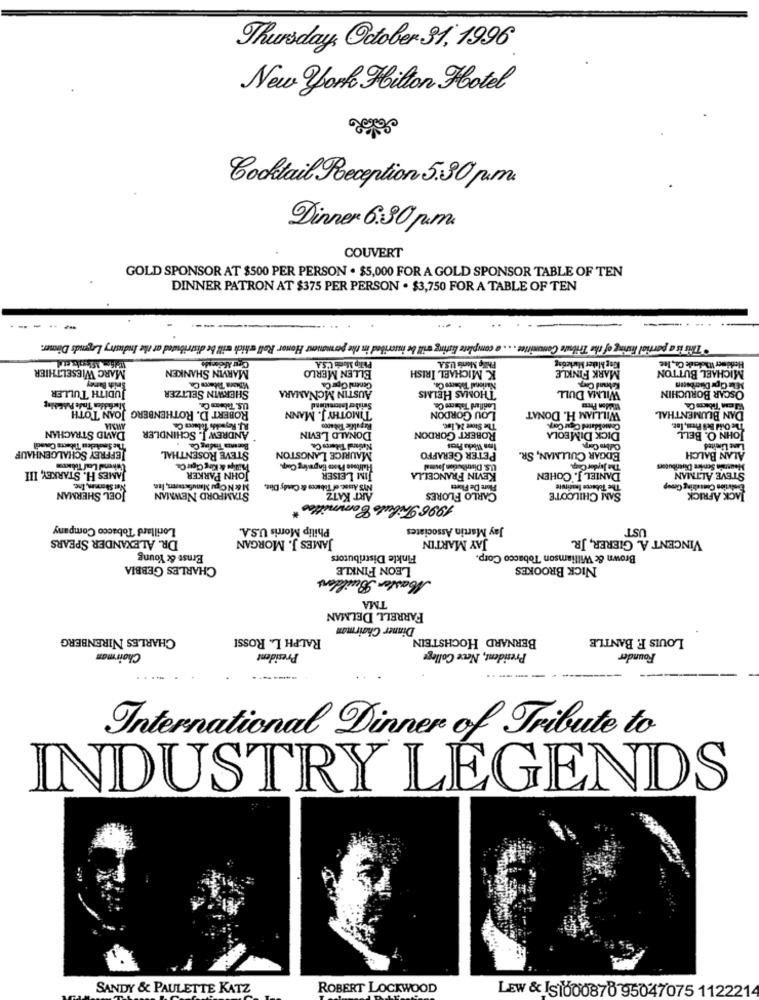
Thursday, October 31, 1996
New York Hilton Hotel
Cocktail Reception 5.30 pm
Dinner 6:30 pm
COUVERT
GOLD SPONSOR AT $500 PER PERSON . $5,000 FOR A GOLD SPONSOR TABLE OF TEN
DINNER PATRON AT $375 PER PERSON . $3,750 FOR A TABLE OF TEN
. This is a partial listing of the Tribute Committee. . . a complete listing will be inscribed in the permanent Honor Roll which will be distributed at the Industry Legends Dinner.
Philip Monde C'S.A
Philip Monis U.S.A.
King Maker Marketing
Hedumer Wholesek Co ., Inc.
MARC WIESELTHIER
MARVIN SHANKEN
ELLEN MERLO
K. MICHAEL IRISH
MARK FINKLE
MICHAEL BUTTON
Smith Barney
JUDITH TULLER
SHERWIN SELTZER
AUSTIN MCNAMARA
Genel Cipar CA.
Narional Tabwere Ca.
THOMAS HELMS
WILMA DULL
OSCAR BORUCHIN
Mie Cipr Diaserbeten
ROBERT D. ROTHENBERG JOAN LOW
TIMOTHY J. MANN
LOU GORDON
Lorillard Tabaere Ce.
WILLIAM H. DONAT
DAN BLUMENTHAL
AMMA
DAVID STRACHAN
ANDREW J. SCHINDLER
Republic Tobacco
The Store 34, Inc.
Comolidared Cigar Corp
The Old Bes Frem, let.
JOHN O. BELL
DONALD LEVIN
ROBERT GORDON
DICK DIMEOLA
JEFFREY SCHALGENHAUF
STEVE ROSENTHAL
Bonanza Trading Co.
Natianal THdeers Ca.
MAURICE LANGSTON
EDGAR CULLMAN, SR.
Calim Corp.
ane Limited
ALAN BALCH
PETER GERAFFO
JAMES H. STARKEY, III
Phillips & King Cigar Ca.
Halfcose Fhoes Engraving Comp.
U.S. Distribucion Javmal
DANIEL J. COHEN
The Jaydor Carp.
Meunten Sentee Diveribucers
STEVE ALTMAN
JOHN PARKER
JIM LEISER
KEVIN FRANCELLA
at Shonen, Inc.
M & NOpu Manufacturers, Its
ART KATZ
Flore De Floett
SAM CHILCOTE
The Tobacco Institute
Exelvion Consulting Group
JOEL SHERMAN
STAMFORD NEWMAN
CARLO FLORES
JACK AFRICK
1996 Tribute Committee
Lorillard Tobacco Company
Philip Morris U.S.A.
Jay Martin Associates
UST
DR. ALEXANDER SPEARS
JAMES J. MORGAN
JAY MARTIN
VINCENT A. GIERER, JR.
Ernst & Young
Finkle Distributors
Brown & Williamson Tobacco Corp.
CHARLES GEBBIA
LEON FINKLE
NICK BROOKES
Haster Builders
TMA
FARRELL DELMAN
Dinner Chairman
CHARLES NIRENBERG
RALPH L. ROSSI
BERNARD HOCHSTEIN
LOUIS F. BANTLE
Chairman
President
President, Neve College
Founder
----
International Dinner of Tribute to
INDUSTRY LEGENDS
SANDY & PAULETTE KATZ
ROBERT LOCKWOOD
LEW & IS1000870 95047075 112221